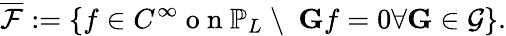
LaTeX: \overline{{\mathcal{F}}}:=\{ f\in C^{\infty}\mathrm{~o~n~}\mathbb{P}_{L}\ \backslash\ \ \mathbf{G}f=0\forall\mathbf{G}\in\mathcal{G}\} .